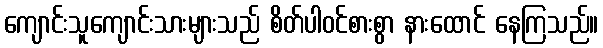
ကျောင်းသူကျောင်းသားများသည် စိတ်ပါဝင်စားစွာ နားထောင် နေကြသည်။